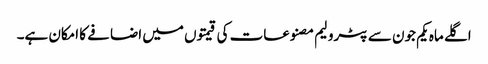
اگلے ماہ یکم جون سے پٹرولیم مصنوعات کی قیمتوں میں اضافے کا امکان ہے۔